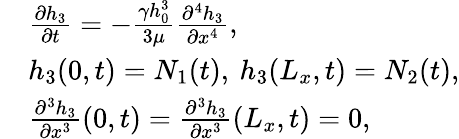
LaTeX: \begin{array}{rl}&{\frac{\partial h_{3}}{\partial t}=-\frac{\gamma h_{0}^{3}}{3\mu}\frac{\partial^{4}h_{3}}{\partial x^{4}},}\\ &{h_{3}(0,t)=N_{1}(t),\: h_{3}(L_{x},t)=N_{2}(t),}\\ &{\frac{\partial^{3}h_{3}}{\partial x^{3}}(0,t)=\frac{\partial^{3}h_{3}}{\partial x^{3}}(L_{x},t)=0,}\end{array}